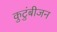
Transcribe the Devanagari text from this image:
कुटुंबीजन